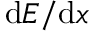
\mathrm { d } E / \mathrm { d } x